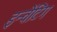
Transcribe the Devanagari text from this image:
इन्वेंटिंग